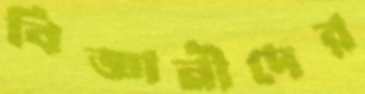
বিজ্ঞানীদের